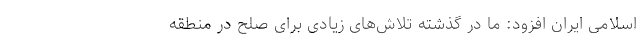
اسلامی ایران افزود: ما در گذشته تلاش‌های زیادی برای صلح در منطقه